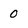
Character: 0